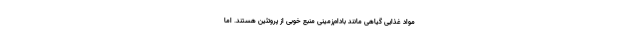
مواد غذایی گیاهی مانند بادام‌زمینی منبع خوبی از پروتئین هستند. اما